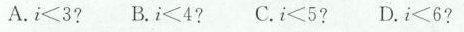
A.$$i < 3$$? B.$$i < 4$$? C.$$i < 5$$? D.$$i < 6$$?